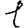
Digit: 1